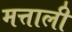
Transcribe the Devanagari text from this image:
मत्ताली